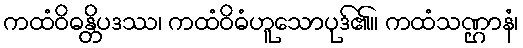
ကထံဝိဓန္တိပဒဿ၊ ကထံဝိဓံဟူသောပုဒ်၏။ ကထံသဏ္ဌာနံ၊